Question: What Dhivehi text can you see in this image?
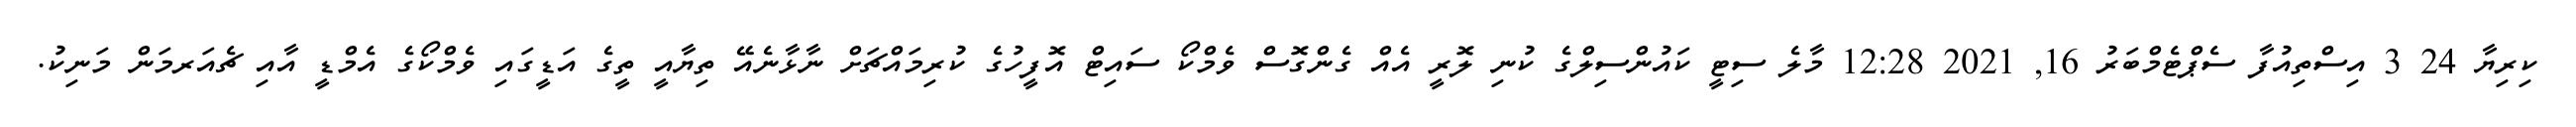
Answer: ކިރިޔާ 24 3 އިސްތިއުފާ ސެޕްޓެމްބަރު 16, 2021 12:28 މާލެ ސިޓީ ކައުންސިލްގެ ކުނި ލޮރީ އެއް ގެންގޮސް ވެމްކޯ ސައިޓް އޮފީހުގެ ކުރިމައްޗަށް ނާޅާނެއޭ ތިޔާއީ ތީގެ އަޑީގައި ވެމްކޯގެ އެމްޑީ އާއި ޗެއަރމަން މަނިކު.